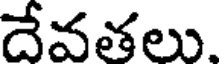
దేవతలు.